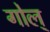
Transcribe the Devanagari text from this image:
गोल्